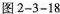
图2-3-18